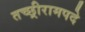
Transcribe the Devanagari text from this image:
तच्छ्रीरामपदे